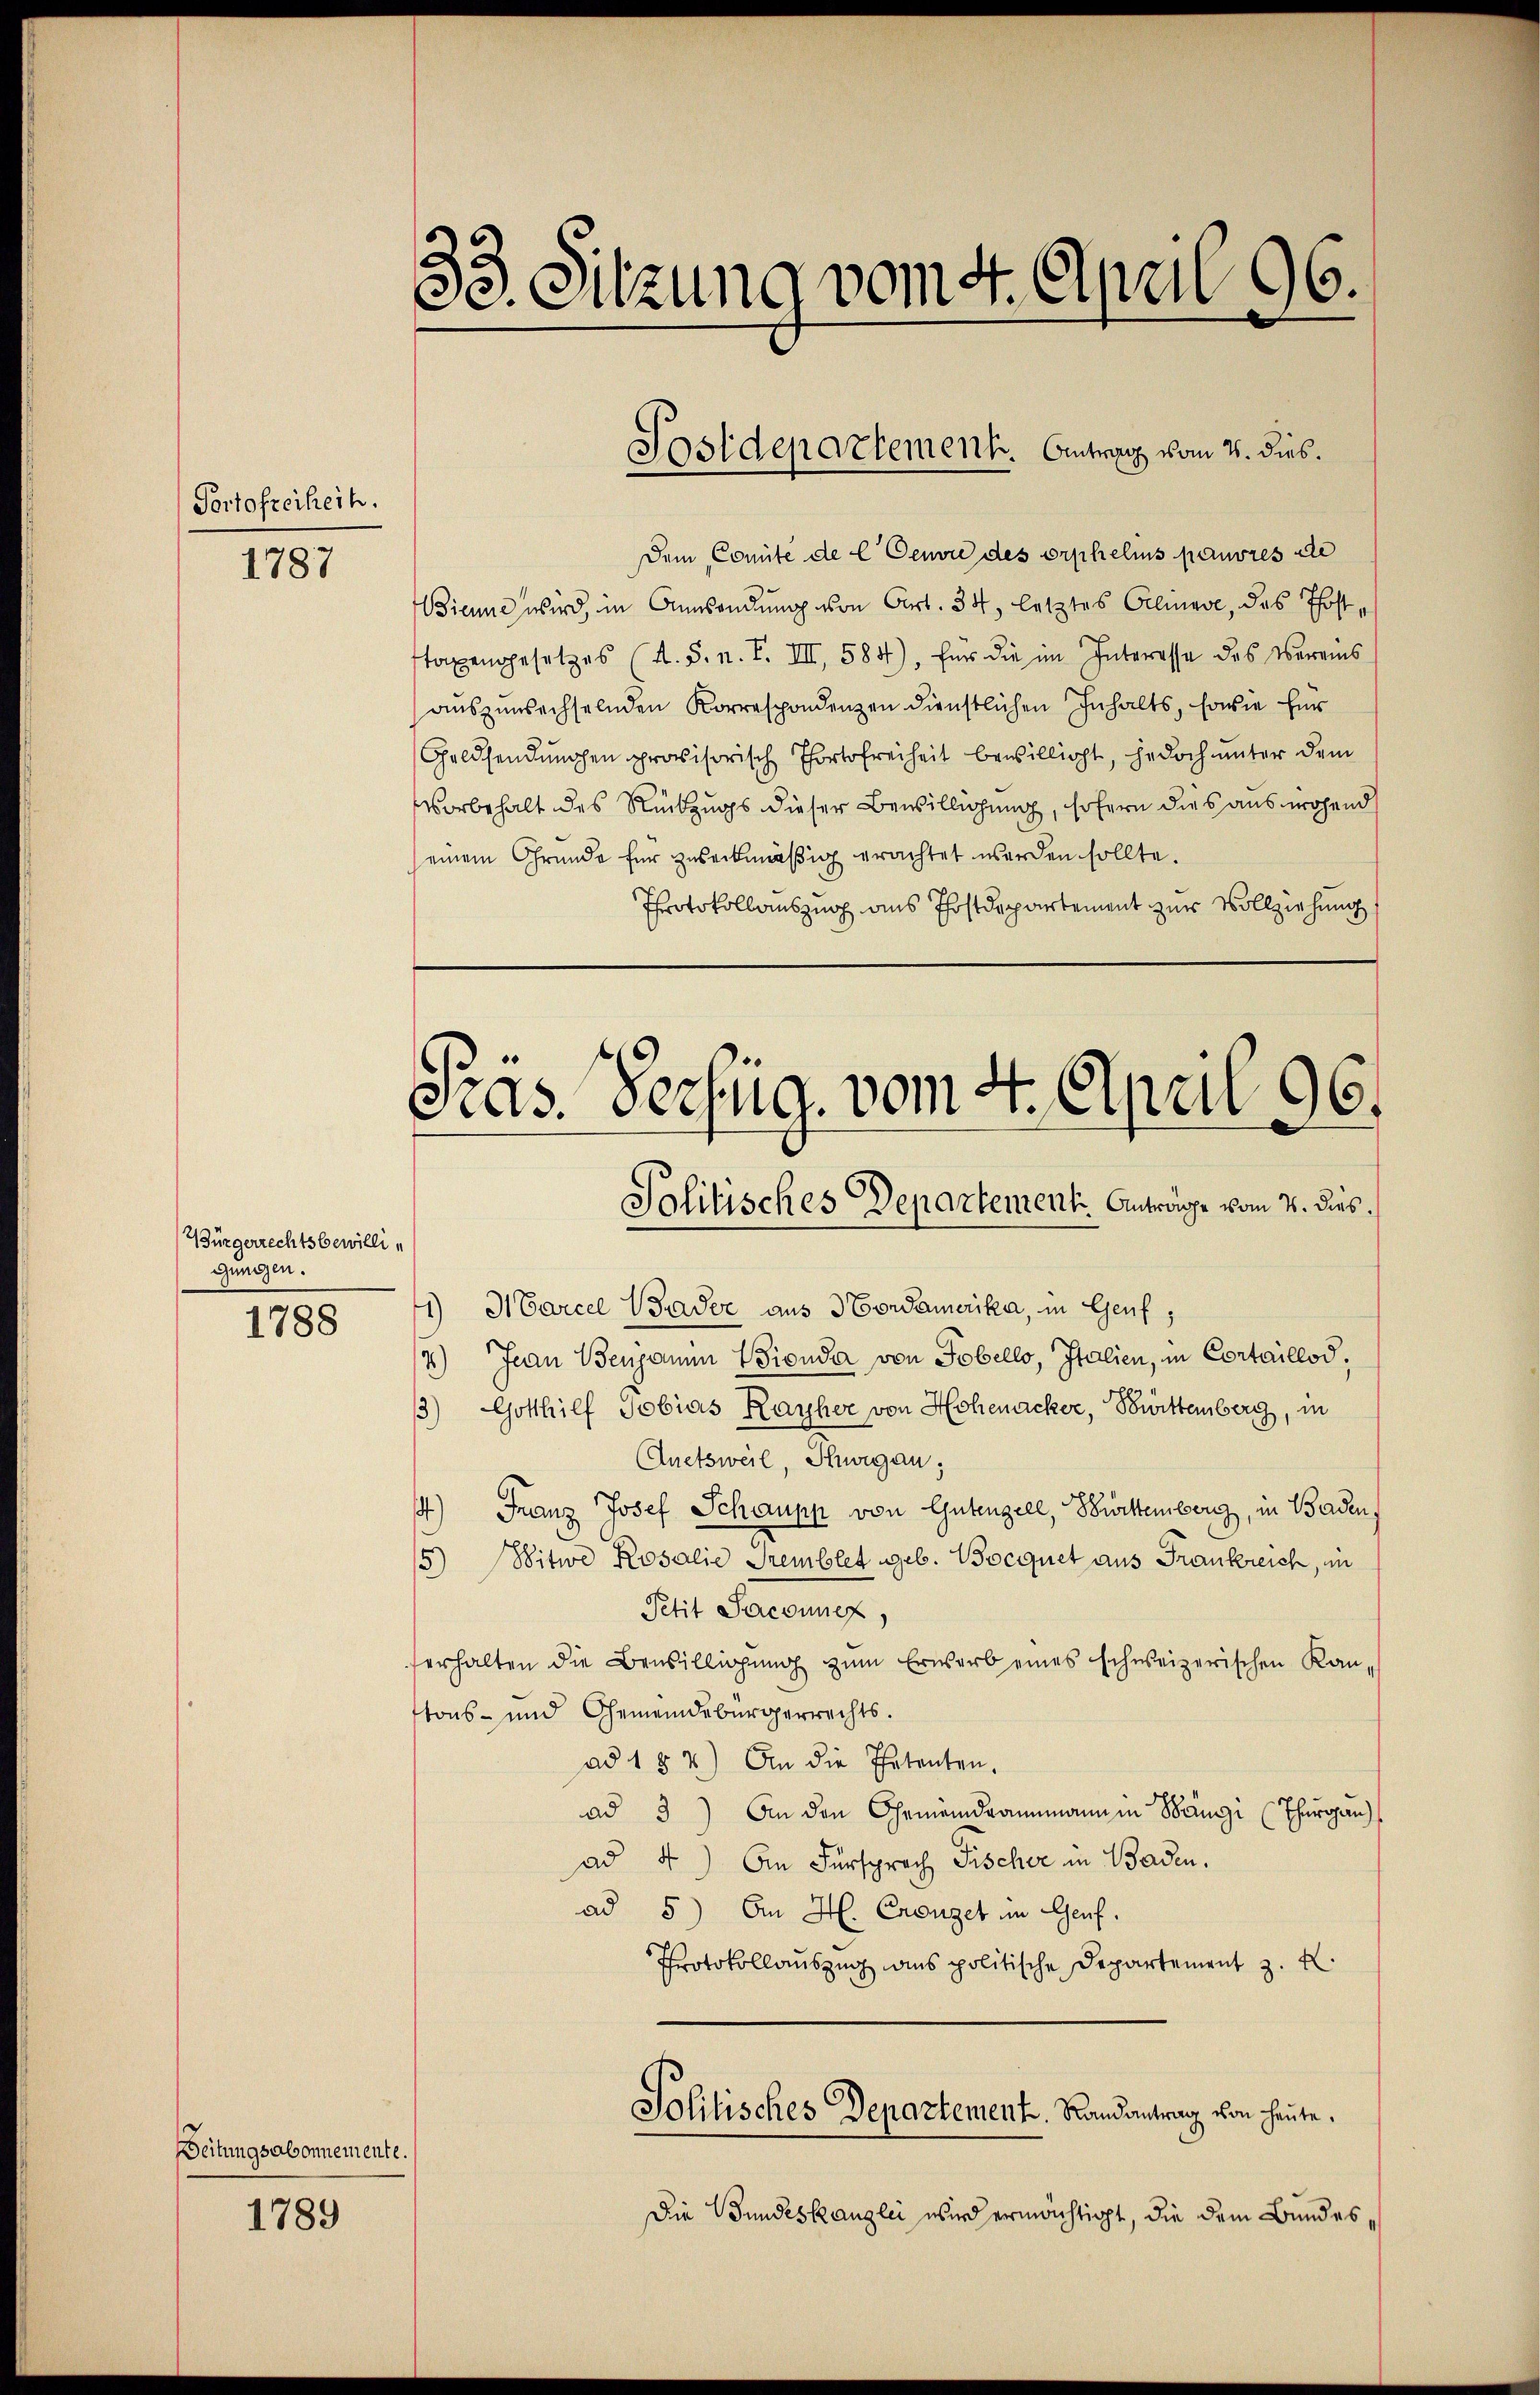
Portofreiheit.

1787

Bürgerrechtsbewilligungen.

1788

Zeitungsabonnemente.

1789

Dem Comite de l Cenvie des orphelis pauvres de
Bienne wird, in Anwendung von Art. 34, letztes Gelineve, das Posttaxengesetzes (A. S. n. F. III 584), für die im Interesse des Vereins
auszuwechselnden Korrespondenzen dienstlichen Inhalts, sowie für
Geldsendungen provisorisch Thortofreiheit bewilligt, jedoch unter dem
Vorbehalt des Rückzugs dieser Bewilligung, sofern dies aus wohend
einem Grunde für zuseckmäßig erachtet werden sollte.
Protokollauszug aus Postdepartement zur Vollziehung

1) Marcel Baader aus Nordamerika, in Genf,
4) Jean Benjauen Wienda von Tobello, Italien, in Cortaillod,
3) Gotthilf Tobias Rauher von Hohenacker, Bürttemberg, in
Auetsweil, Husigau;
) Franz Josef Schaupp von Gutengell, Württemberg, in Baden,
5) Witwe Rosalie Gremblet geb. Bocquet aus Frankreich, in
Petit Jacounex
serhalten die Bewilligung zum Erwarb eines schweizerischen Kantons- und Gemeindebürgerrechts.
ad 1 § 2) An die Thatenten.
ad 3) An den Gemeindranmann in Bangi (Thurgau)
ad 4.) An Fürsprach Fischer in Baden.
ad 5) An H. Crouzet im Genf.
Protokollauszug aus politische Departement z. K.
Politisches Departement. Randantrag von heute.
Die Bundeskanzlei wird ermächtigt, die dem Bundes¬

2
33. Sitzung vom 4. April 96.

Sostdepartement. Antrag vom 2. dies¬

Fras. Verzug. vom 4. April 96.
Solitisches Departement. Anträge vom 4. dies